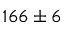
1 6 6 \pm 6